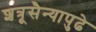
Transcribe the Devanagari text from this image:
शत्रूसैन्यापुढे